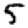
Digit: 5